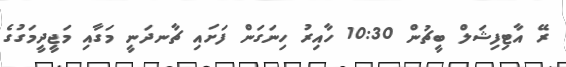
ރޭ އާޓިފިޝަލް ބީޗުން 10:30 ހާއިރު ހިނަގަން ފަށައި ޗާނދަނީ މަގާއި މަޖީދީމަގުގެ